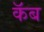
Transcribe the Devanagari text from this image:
कॅब